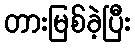
တားမြစ်ခဲ့ပြီး